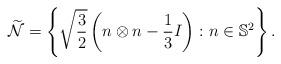
LaTeX: \begin{align*}\widetilde{\mathcal N} =\left\lbrace \sqrt{\frac 32}\left( n\otimes n-\frac 13 I\right) \colon n\in\mathbb S^2 \right\rbrace.\end{align*}